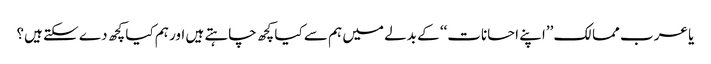
یا عرب ممالک ’’اپنے احسانات‘‘ کے بدلے میں ہم سے کیا کچھ چاہتے ہیں اور ہم کیا کچھ دے سکتے ہیں؟